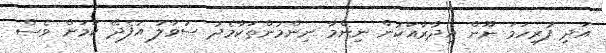
އަދި ފުރިހަމަ ނޫން އިދާރާއަކުން ނިންމާ ނިންމުންތަކާމެދު ސުވާލު އުފެދޭ ކަމަށް ވެސް